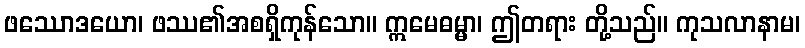
ဖဿောဒယော၊ ဖဿ၏အစရှိကုန်သော။ ဣမေဓမ္မာ၊ ဤတရား တို့သည်။ ကုသလာနာမ၊